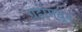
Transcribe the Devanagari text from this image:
ग्रहांमधून